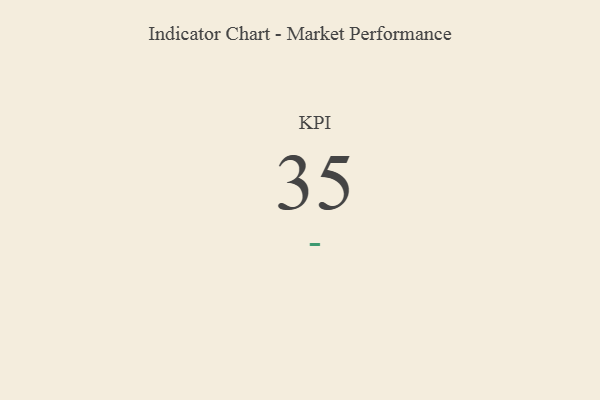
{"axis": {"x": "KPI", "y": "Value"}, "legend": [""], "data": [{"x": "KPI", "y": 35, "type": ""}]}